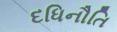
દધિનૌતિ